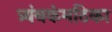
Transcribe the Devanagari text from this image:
त्र्यंबकंमठिका